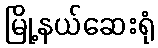
မြို့နယ်ဆေးရုံ